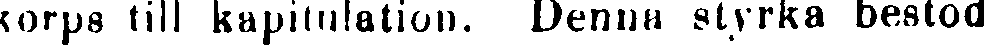
korps till kapitulation. Denna styrka bestod